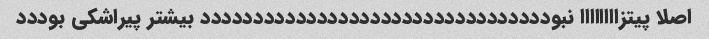
اصلا پیتزاااااااا نبوددددددددددددددددددددددددددددددددد بیشتر پیراشکی بوددد